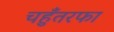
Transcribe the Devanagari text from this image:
चहुँतरफा